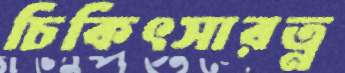
চিকিৎসারত্ন